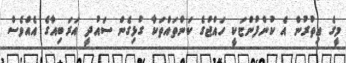
މީގެ އިތުރުން އެ ކުންފުންޏަކީ ހައްޖުގެ ކަންތައްތަކާ ގުޅިގެން ސައުދީ އަރަބިއާގެ އެއްވެސް